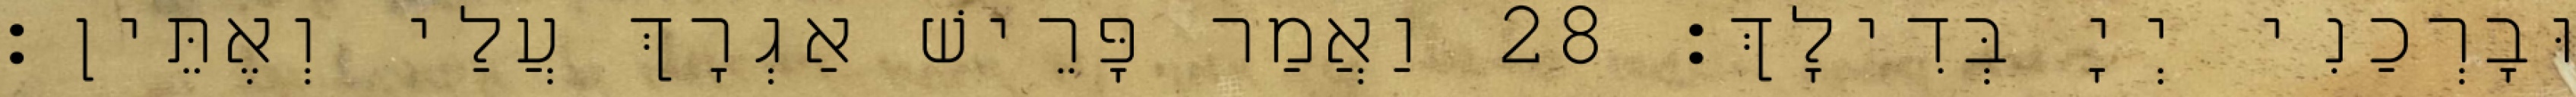
וּבָרְכַנִי יְיָ בְּדִילָךְ׃ 28 וַאֲמַר פָּרֵישׁ אַגְרָךְ עֲלַי וְאֶתֵּין׃